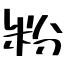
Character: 粉